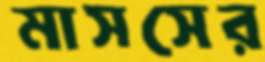
মাসসের